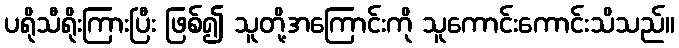
ပရိုသီရိုးကြားပြီး ဖြစ်၍ သူတို့အကြောင်းကို သူကောင်းကောင်းသိသည်။